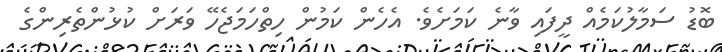
ބޮޑު ސަމާލުކަމެއް ދީފައި ވާނެ ކަމަށެވެ. އެހެން ކަމުން ހިތްހަމަޖެހޭ ވަރަށް ކުޅުންތެރިންގެ